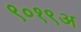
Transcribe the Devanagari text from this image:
९०१९अ